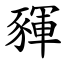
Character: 䝍